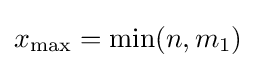
x_{\max }=\min(n,m_{1})